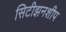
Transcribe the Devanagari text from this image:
सिटीझनशीप